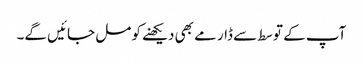
آپ کے توسط سے ڈارمے بھی دیکھنے کو مل جائیں گے۔